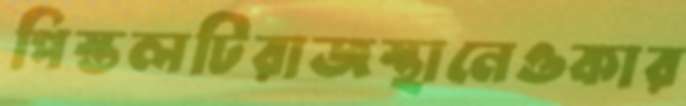
পিস্তলটিরাজস্থানেওকার